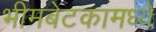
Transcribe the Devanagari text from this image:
भीमबेटकामध्ये